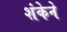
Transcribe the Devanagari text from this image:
शंकेने